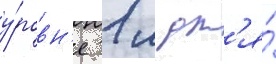
у́ровн'е 1 м дл'я́